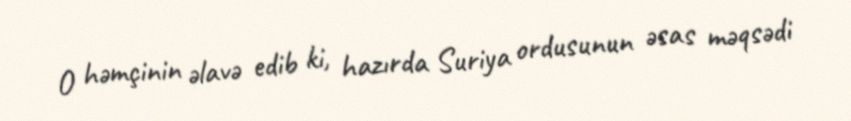
O həmçinin əlavə edib ki, hazırda Suriya ordusunun əsas məqsədi